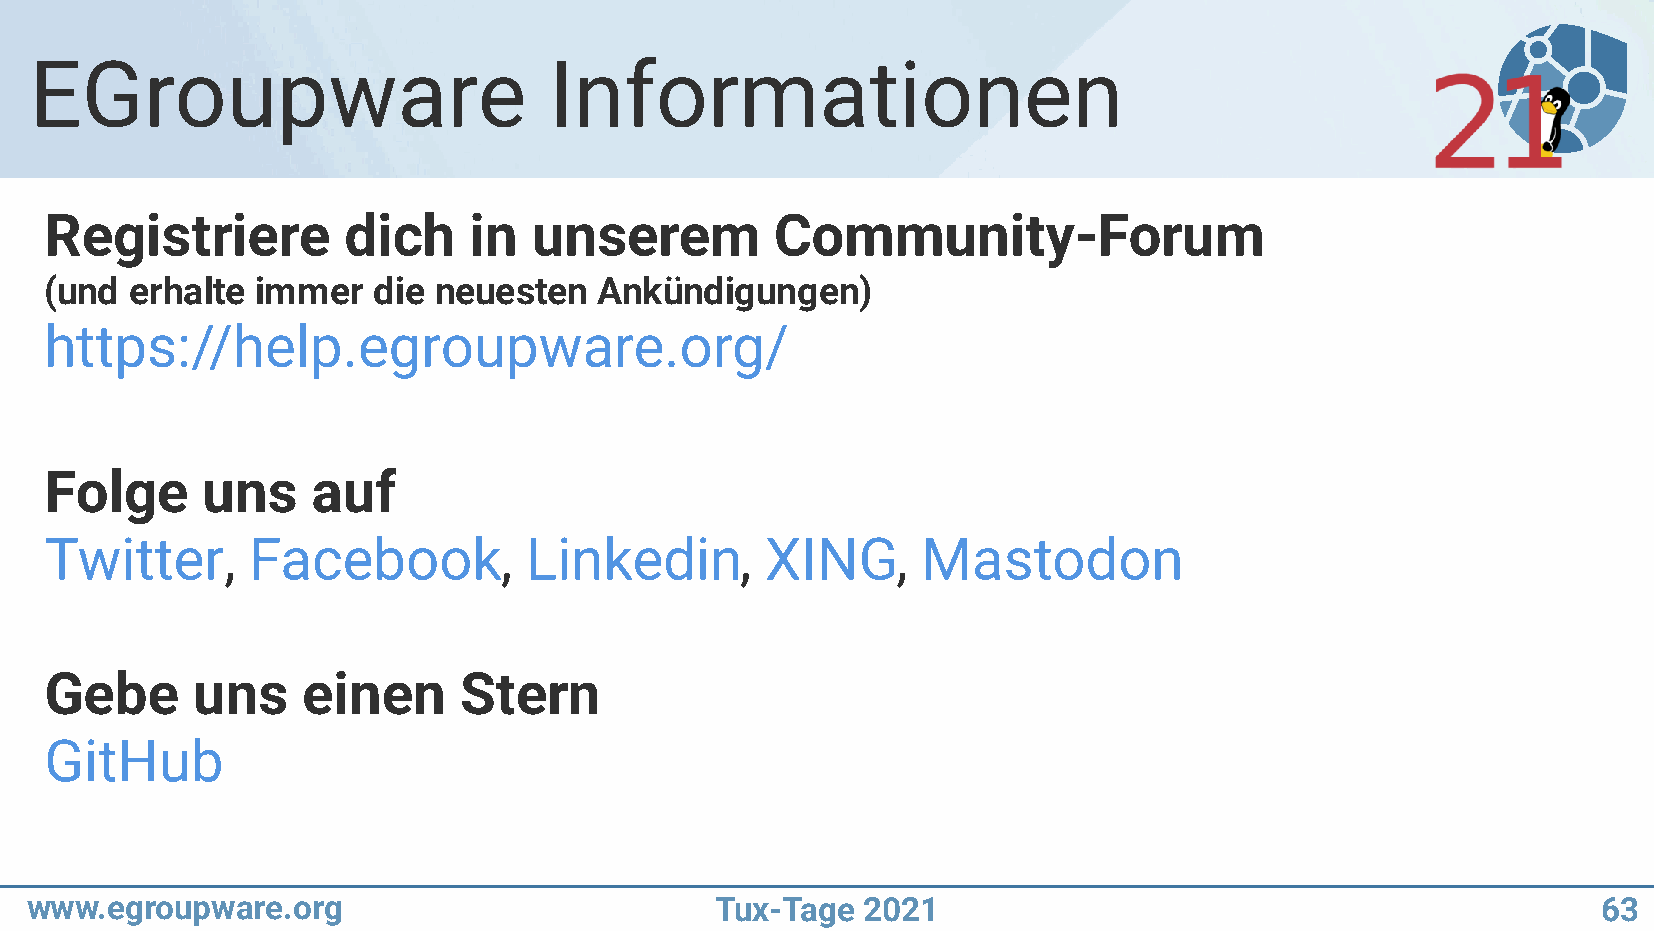
EGroupware                        Informationen
 Registriere         dich    in  unserem         Community-Forum
 (und  erhalte immer   die neuesten   Ankündigungen)
 https://help.egroupware.org/
 Folge     uns     auf
 Twitter,     Facebook,          Linkedin,       XING,     Mastodon
 Gebe      uns    einen     Stern
 GitHub
 www.egroupware.org                           Tux-Tage  2021                                             63